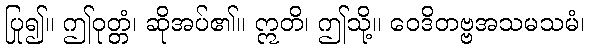
ပြု၍။ ဤဝုတ္တံ၊ ဆိုအပ်၏။ ဣတိ၊ ဤသို့။ ဝေဒိတဗ္ဗအသမသမံ၊